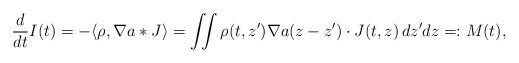
LaTeX: \begin{align*}\frac{d}{dt}I(t)=-\langle\rho,\nabla a\ast J\rangle=\iint\rho(t, z')\nabla a(z-z')\cdot J(t, z)\,dz'dz=:M(t),\end{align*}